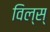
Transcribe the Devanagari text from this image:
विल्स्